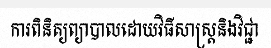
ការពិនិត្យព្យាបាលដោយវិធីសាស្ត្រនិងវិជ្ជា